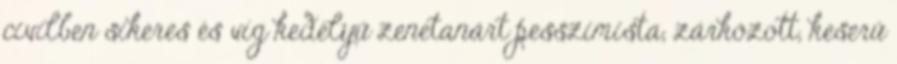
civilben sikeres és víg kedélyű zenetanárt pesszimista, zárkózott, keserű